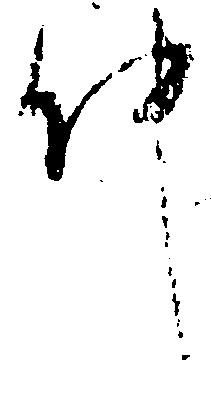
件